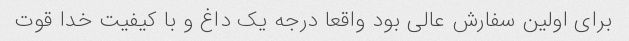
برای اولین سفارش عالی بود واقعا درجه یک داغ و با کیفیت خدا قوت